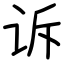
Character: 诉